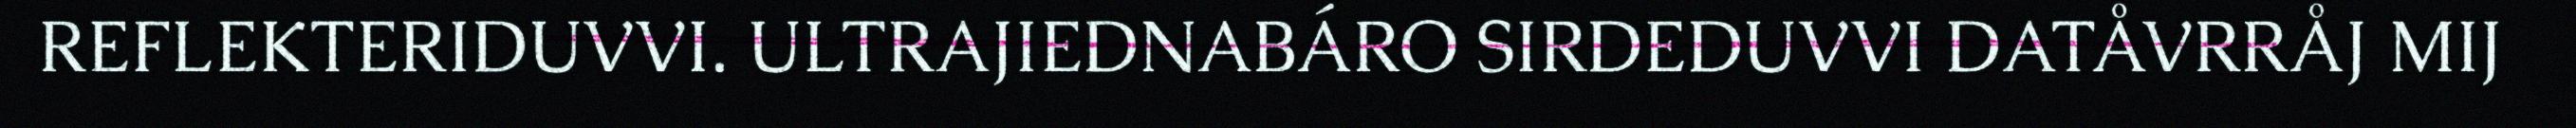
REFLEKTERIDUVVI. ULTRAJIEDNABÁRO SIRDEDUVVI DATÅVRRÅJ MIJ